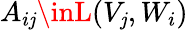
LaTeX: A_{i\mathit{j}}\inL(V_{\mathit{j}},W_{i})